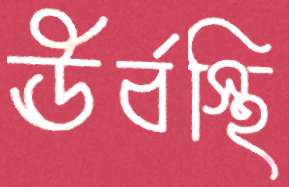
ঊর্বস্থি